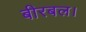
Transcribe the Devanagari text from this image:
बीरबल।